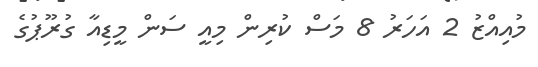
މުއިއްޒު 2 އަހަރު 8 މަސް ކުރިން މިއީ ސަން މީޑިއާ ގުރޫޕުގެ